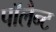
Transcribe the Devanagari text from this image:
पॉलैन्ट